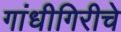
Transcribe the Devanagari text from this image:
गांधीगिरीचे